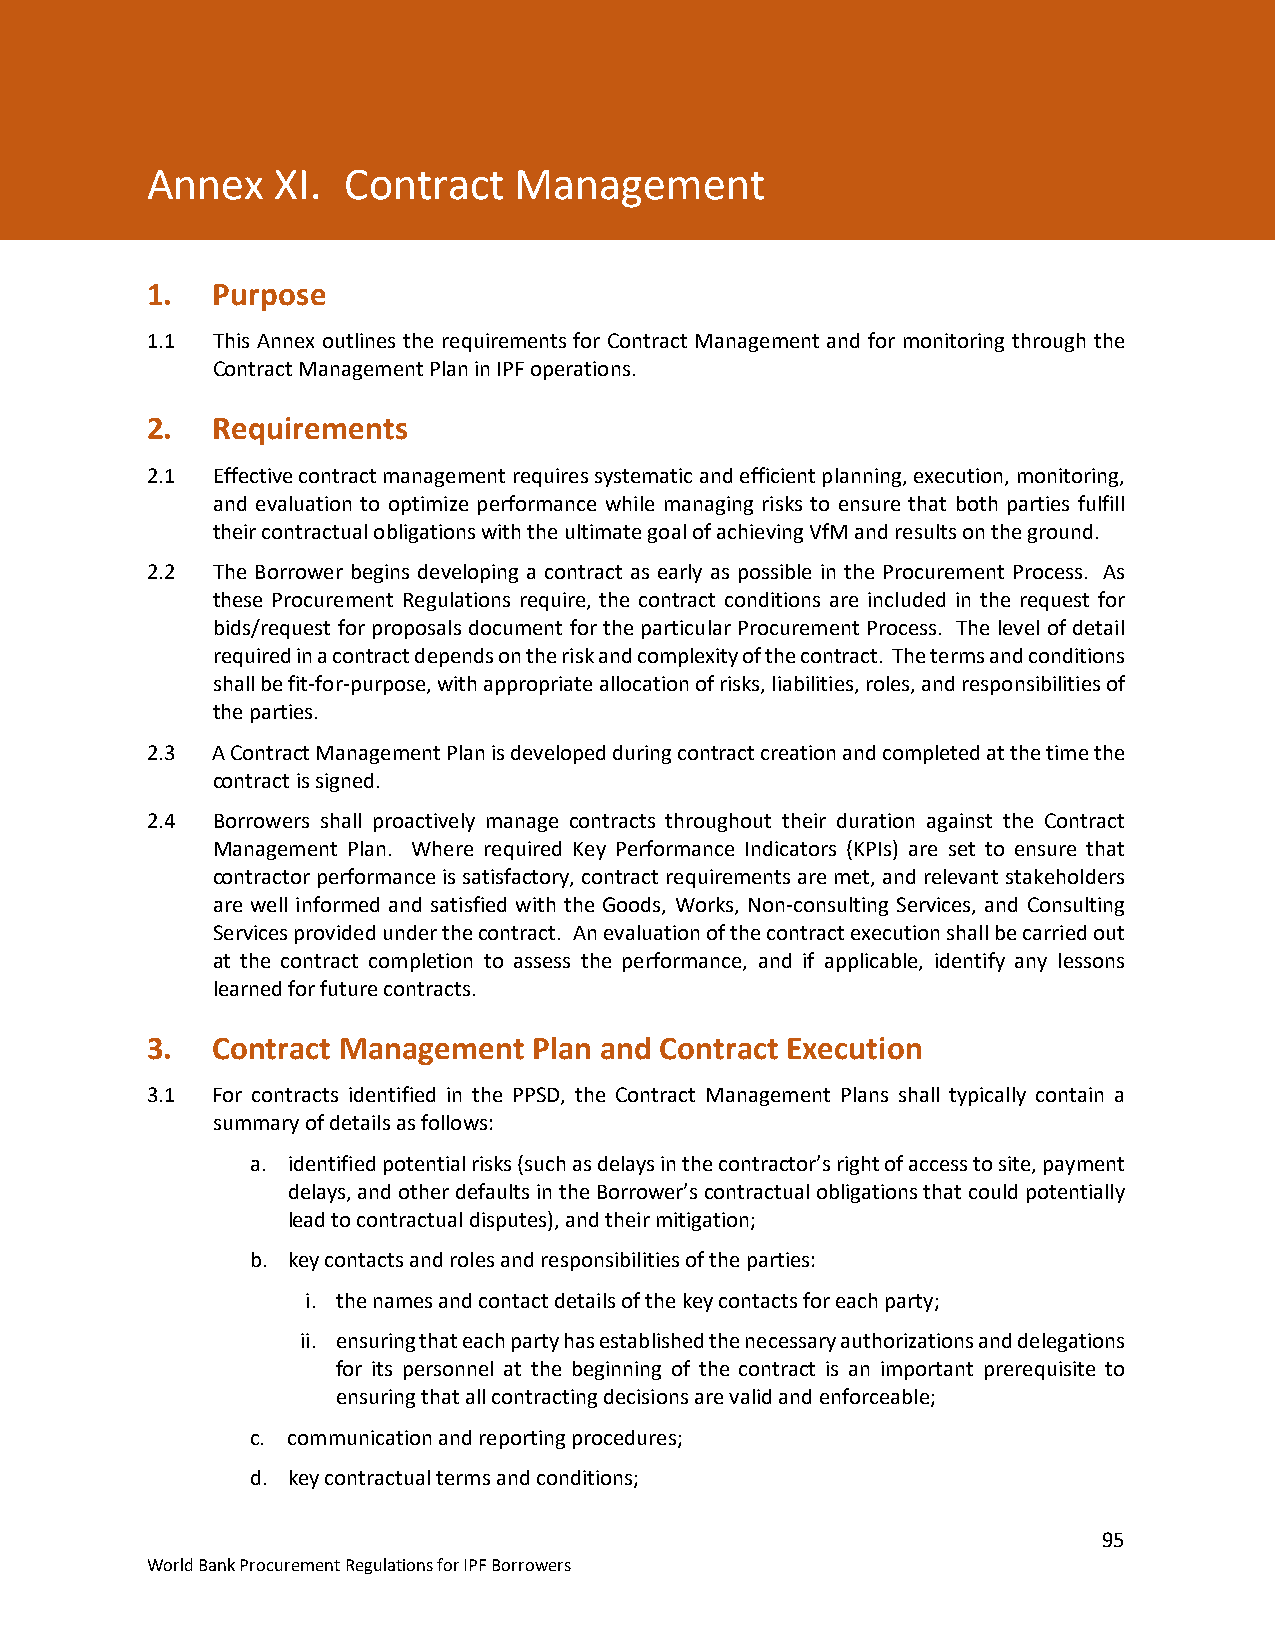
Annex XI. Contract Management
 Annex   XI.  Contract   Management
 Annex XI. Contract Management
 1.  Purpose
 1.1 This Annex outlines the requirements for Contract Management and for monitoring through the
 Contract Management Plan in IPF operations.
 2.  Requirements
 2.1 Effective contract management requires systematic and efficient planning, execution, monitoring,
 and evaluation to optimize performance while managing risks to ensure that both parties fulfill
 their contractual obligations with the ultimate goal of achieving VfM and results on the ground.
 2.2 The Borrower begins developing a contract as early as possible in the Procurement Process. As
 these Procurement Regulations require, the contract conditions are included in the request for
 bids/request for proposals document for the particular Procurement Process. The level of detail
 required in a contract depends on the risk and complexity of the contract. The terms and conditions
 shall be fit-for-purpose, with appropriate allocation of risks, liabilities, roles, and responsibilities of
 the parties.
 2.3 A Contract Management Plan is developed during contract creation and completed at the time the
 contract is signed.
 2.4 Borrowers shall proactively manage contracts throughout their duration against the Contract
 Management Plan. Where required Key Performance Indicators (KPIs) are set to ensure that
 contractor performance is satisfactory, contract requirements are met, and relevant stakeholders
 are well informed and satisfied with the Goods, Works, Non-consulting Services, and Consulting
 Services provided under the contract. An evaluation of the contract execution shall be carried out
 at the contract completion to assess the performance, and if applicable, identify any lessons
 learned for future contracts.
 3.  Contract Management  Plan and Contract Execution
 3.1 For contracts identified in the PPSD, the Contract Management Plans shall typically contain a
 summary of details as follows:
 a. identified potential risks (such as delays in the contractor’s right of access to site, payment
 delays, and other defaults in the Borrower’s contractual obligations that could potentially
 lead to contractual disputes), and their mitigation;
 b. key contacts and roles and responsibilities of the parties:
 i. the names and contact details of the key contacts for each party;
 ii. ensuring that each party has established the necessary authorizations and delegations
 for its personnel at the beginning of the contract is an important prerequisite to
 ensuring that all contracting decisions are valid and enforceable;
 c. communication and reporting procedures;
 d. key contractual terms and conditions;
 95
 World Bank Procurement Regulations for IPF Borrowers